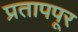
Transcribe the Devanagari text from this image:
प्रतापपूर